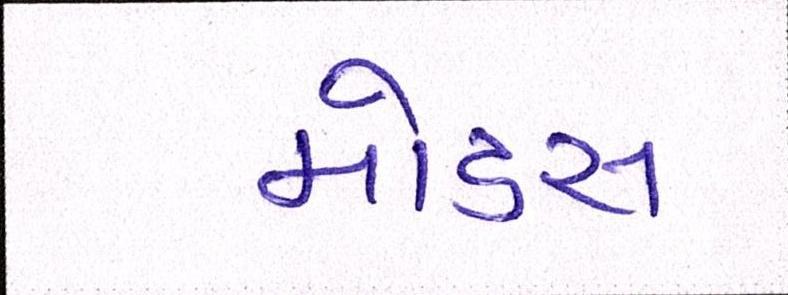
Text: મોડસ